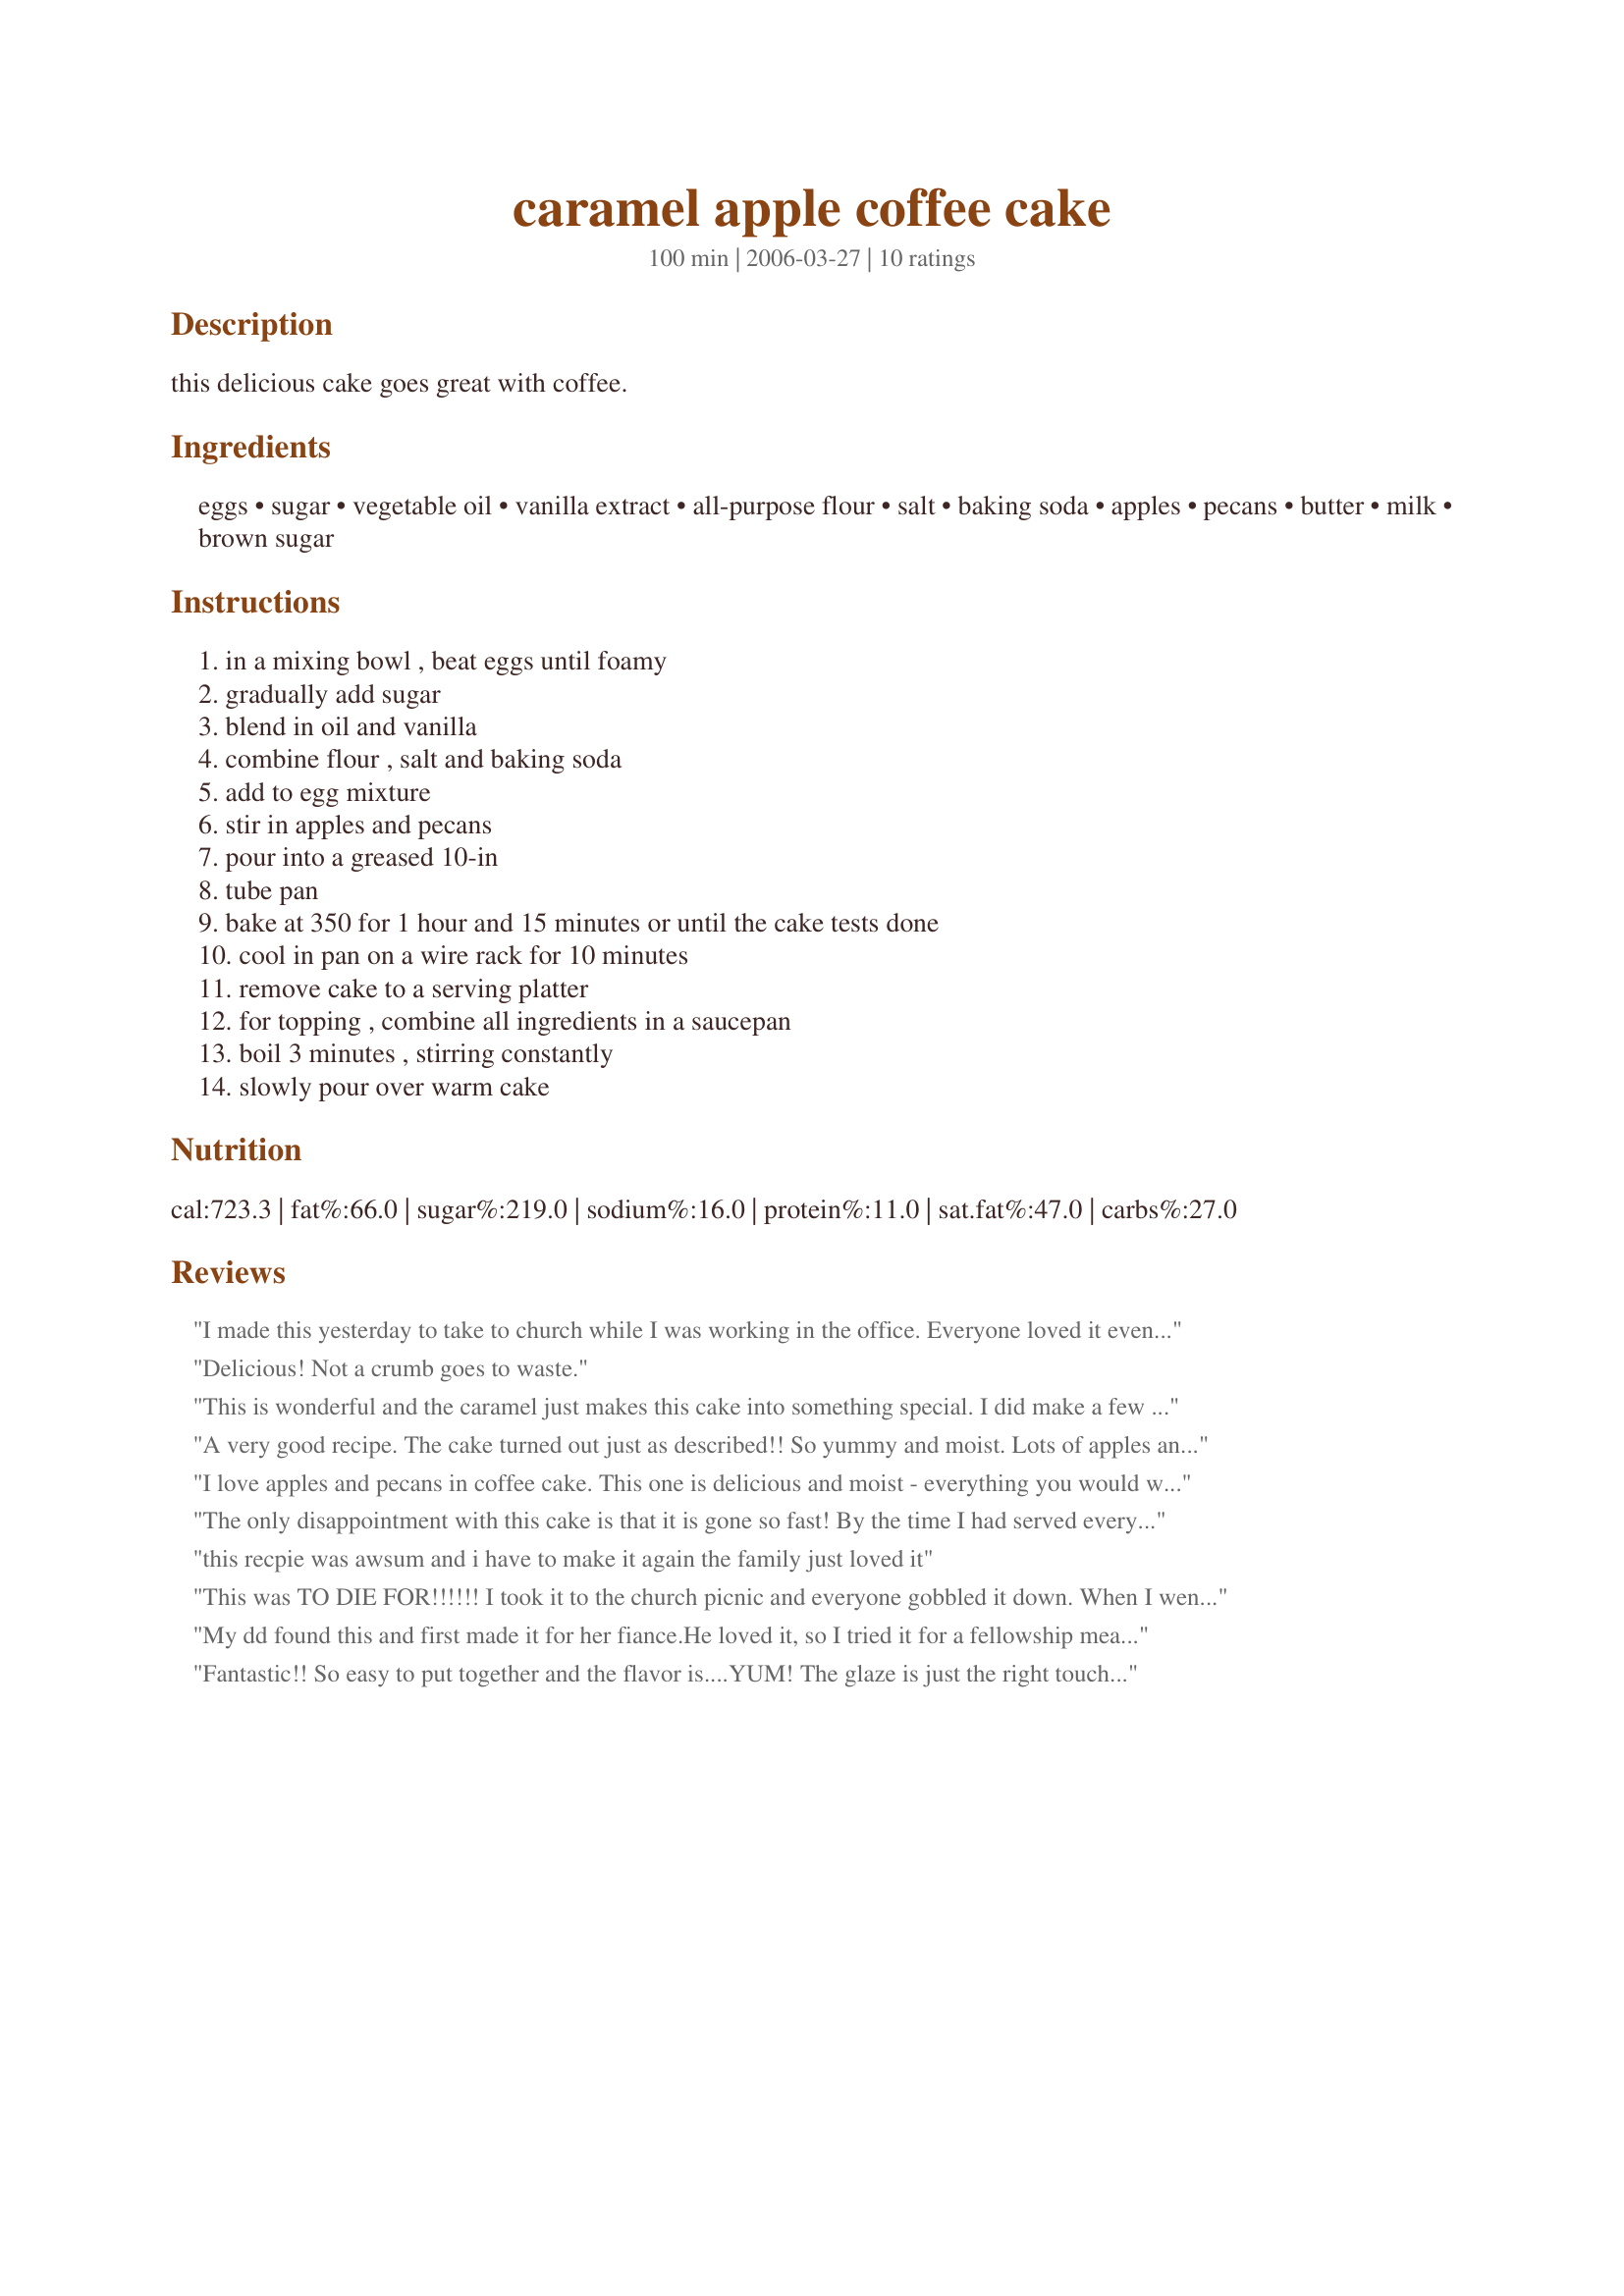
caramel apple coffee cake
Preparation time: 100 minutes

this delicious cake goes great with coffee.

Ingredients:
eggs, sugar, vegetable oil, vanilla extract, all-purpose flour, salt, baking soda, apples, pecans, butter, milk, brown sugar

Steps:
in a mixing bowl , beat eggs until foamy, gradually add sugar, blend in oil and vanilla, combine flour , salt and baking soda, add to egg mixture, stir in apples and pecans, pour into a greased 10-in, tube pan, bake at 350 for 1 hour and 15 minutes or until the cake tests done, cool in pan on a wire rack for 10 minutes, remove cake to a serving platter, for topping , combine all ingredients in a saucepan, boil 3 minutes , stirring constantly, slowly pour over warm cake

Reviews:
I made this yesterday to take to church while I was working in the office. Everyone loved it even one Pastor who said he really didn't like apple "stuff":. I made a couple of tweaks either out of necssity or personal choice. For instance I used 1cup of reg white sugar, and 1/2 C of brown sugar, instead of all the oil, I used 1 cup of chunky applesauce and 1/2 C Canola oil, it took 2 Granny Smith and 1 med size Gala apple to get 3 cups..I also added a little cinnamon and about 1 tsp of cardomon to the flour mix. I baked it in a 9x13 pan (only took about an hour, cooled it and cut into squares, then put them on a rack and spooned the toppping over each one so they were all covered with a little running down the sides. This is a keepeer in our house, thanks for another winner recipe
Delicious! Not a crumb goes to waste.
This is wonderful and the caramel just makes this cake into something special. I did make a few alterations - reduced the vegetable oil to one cup, added the juice of a lemon and one teaspoon of cinnamon, and I used walnuts instead of pecans as that was what I had on hand.
A very good recipe. The cake turned out just as described!! So yummy and moist. Lots of apples and pecans! 
I did add a 1/4 teaspoon cinnamon. I will be making this recipe many times. Thanks so much Debber.

I love apples and pecans in coffee cake. This one is delicious and moist - everything you would want in a coffee cake! Thanks for sharing!
The only disappointment with this cake is that it is gone so fast! By the time I had served everyone (some coming back for another serving) I was left with one small piece. I got busy doing something else and when I came back it was gone! My little girl had eaten it. She said sorry with a huge smile! There is one thing I might try doing different next time: Pour the topping on the cake while it is still in the pan. Not sure how it will turn out, but I'm anxious to make another one anyway. Thanks!
this recpie was awsum and i have to make it again 

the family just loved it
This was TO DIE FOR!!!!!! I took it to the church picnic and everyone gobbled it down. When I went to collect the plate everybody kept saying "Oh you shoud try this cake" I told them I made it and everyone started asking me for the recipe.
My dd found this and first made it for her fiance.He loved it, so I tried it for a fellowship meal and everyone raved over it and several folks wanted the recipe..so this one is a keeper!
Fantastic!! So easy to put together and the flavor is....YUM! The glaze is just the right touch, its sweet, but it really compliments the apples and nuts in the cake. I made this for friends visiting from out of state and they both gave this two thumbs up. I can't find my tube pan so I used a 13x9 inch cake pan which worked well and the cake was done in an hour and 10 minutes.
